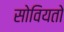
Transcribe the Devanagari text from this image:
सोवियतो